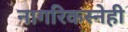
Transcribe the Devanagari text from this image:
नागरिकस्नेही